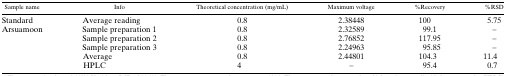
<table><thead><tr><td><b>Sample name</b></td><td><b>Info</b></td><td><b>Theoretical concentration (mg/mL)</b></td><td><b>Maximum voltage</b></td><td><b>%Recovery</b></td><td><b>%RSD</b></td></tr></thead><tbody><tr><td>Standard</td><td>Average reading</td><td>0.8</td><td>2.38448</td><td>100</td><td>5.75</td></tr><tr><td rowspan="5">Arsuamoon</td><td>Sample preparation 1</td><td>0.8</td><td>2.32589</td><td>99.1</td><td>−</td></tr><tr><td>Sample preparation 2</td><td>0.8</td><td>2.76852</td><td>117.95</td><td>−</td></tr><tr><td>Sample preparation 3</td><td>0.8</td><td>2.24963</td><td>95.85</td><td>−</td></tr><tr><td>Average</td><td>0.8</td><td>2.44801</td><td>104.3</td><td>11.4</td></tr><tr><td>HPLC</td><td>4</td><td>−</td><td>95.4</td><td>0.7</td></tr></tbody></table>